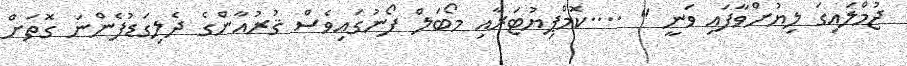
ޖުމްލައިގަ ލިޔުށްވާފައި ވަނީ " ....ކޮމްޕިޔުޓަރާއި މޯބަލް ފޯނުގައިވެސް ޤުރުއާންގެ ދެލިގަޑުފެންނަ ގޮތަށް